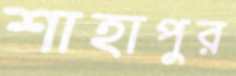
শাহাপুর